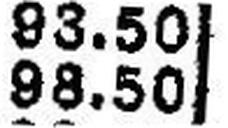
98.50